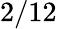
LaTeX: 2/12